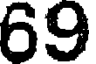
69